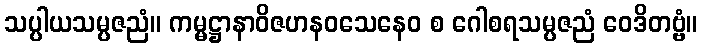
သပ္ပါယသမ္ပဇညံ။ ကမ္မဋ္ဌာနာဝိဇဟနဝသေနေဝ စ ဂေါစရသမ္ပဇညံ ဝေဒိတဗ္ဗံ။